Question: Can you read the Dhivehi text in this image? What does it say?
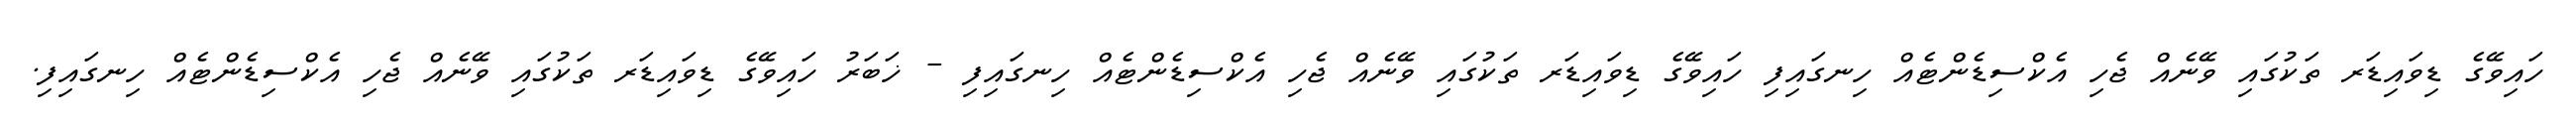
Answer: ހައިވޭގެ ޑިވައިޑަރ ތަކުގައި ވޭނެއް ޖެހި އެކްސިޑެންޓެއް ހިނގައިފި ހައިވޭގެ ޑިވައިޑަރ ތަކުގައި ވޭނެއް ޖެހި އެކްސިޑެންޓެއް ހިނގައިފި - ޚަބަރު ހައިވޭގެ ޑިވައިޑަރ ތަކުގައި ވޭނެއް ޖެހި އެކްސިޑެންޓެއް ހިނގައިފި.